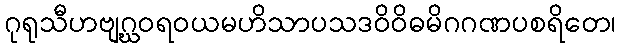
ဂုရုသီဟဗျဂ္ဃဝရဝယမဟိသာပသဒဝိဝိဓမိဂဂဏပစရိတေ၊